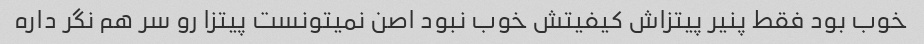
خوب بود فقط پنیر پیتزاش کیفیتش خوب نبود اصن نمیتونست پیتزا رو سر هم نگر داره